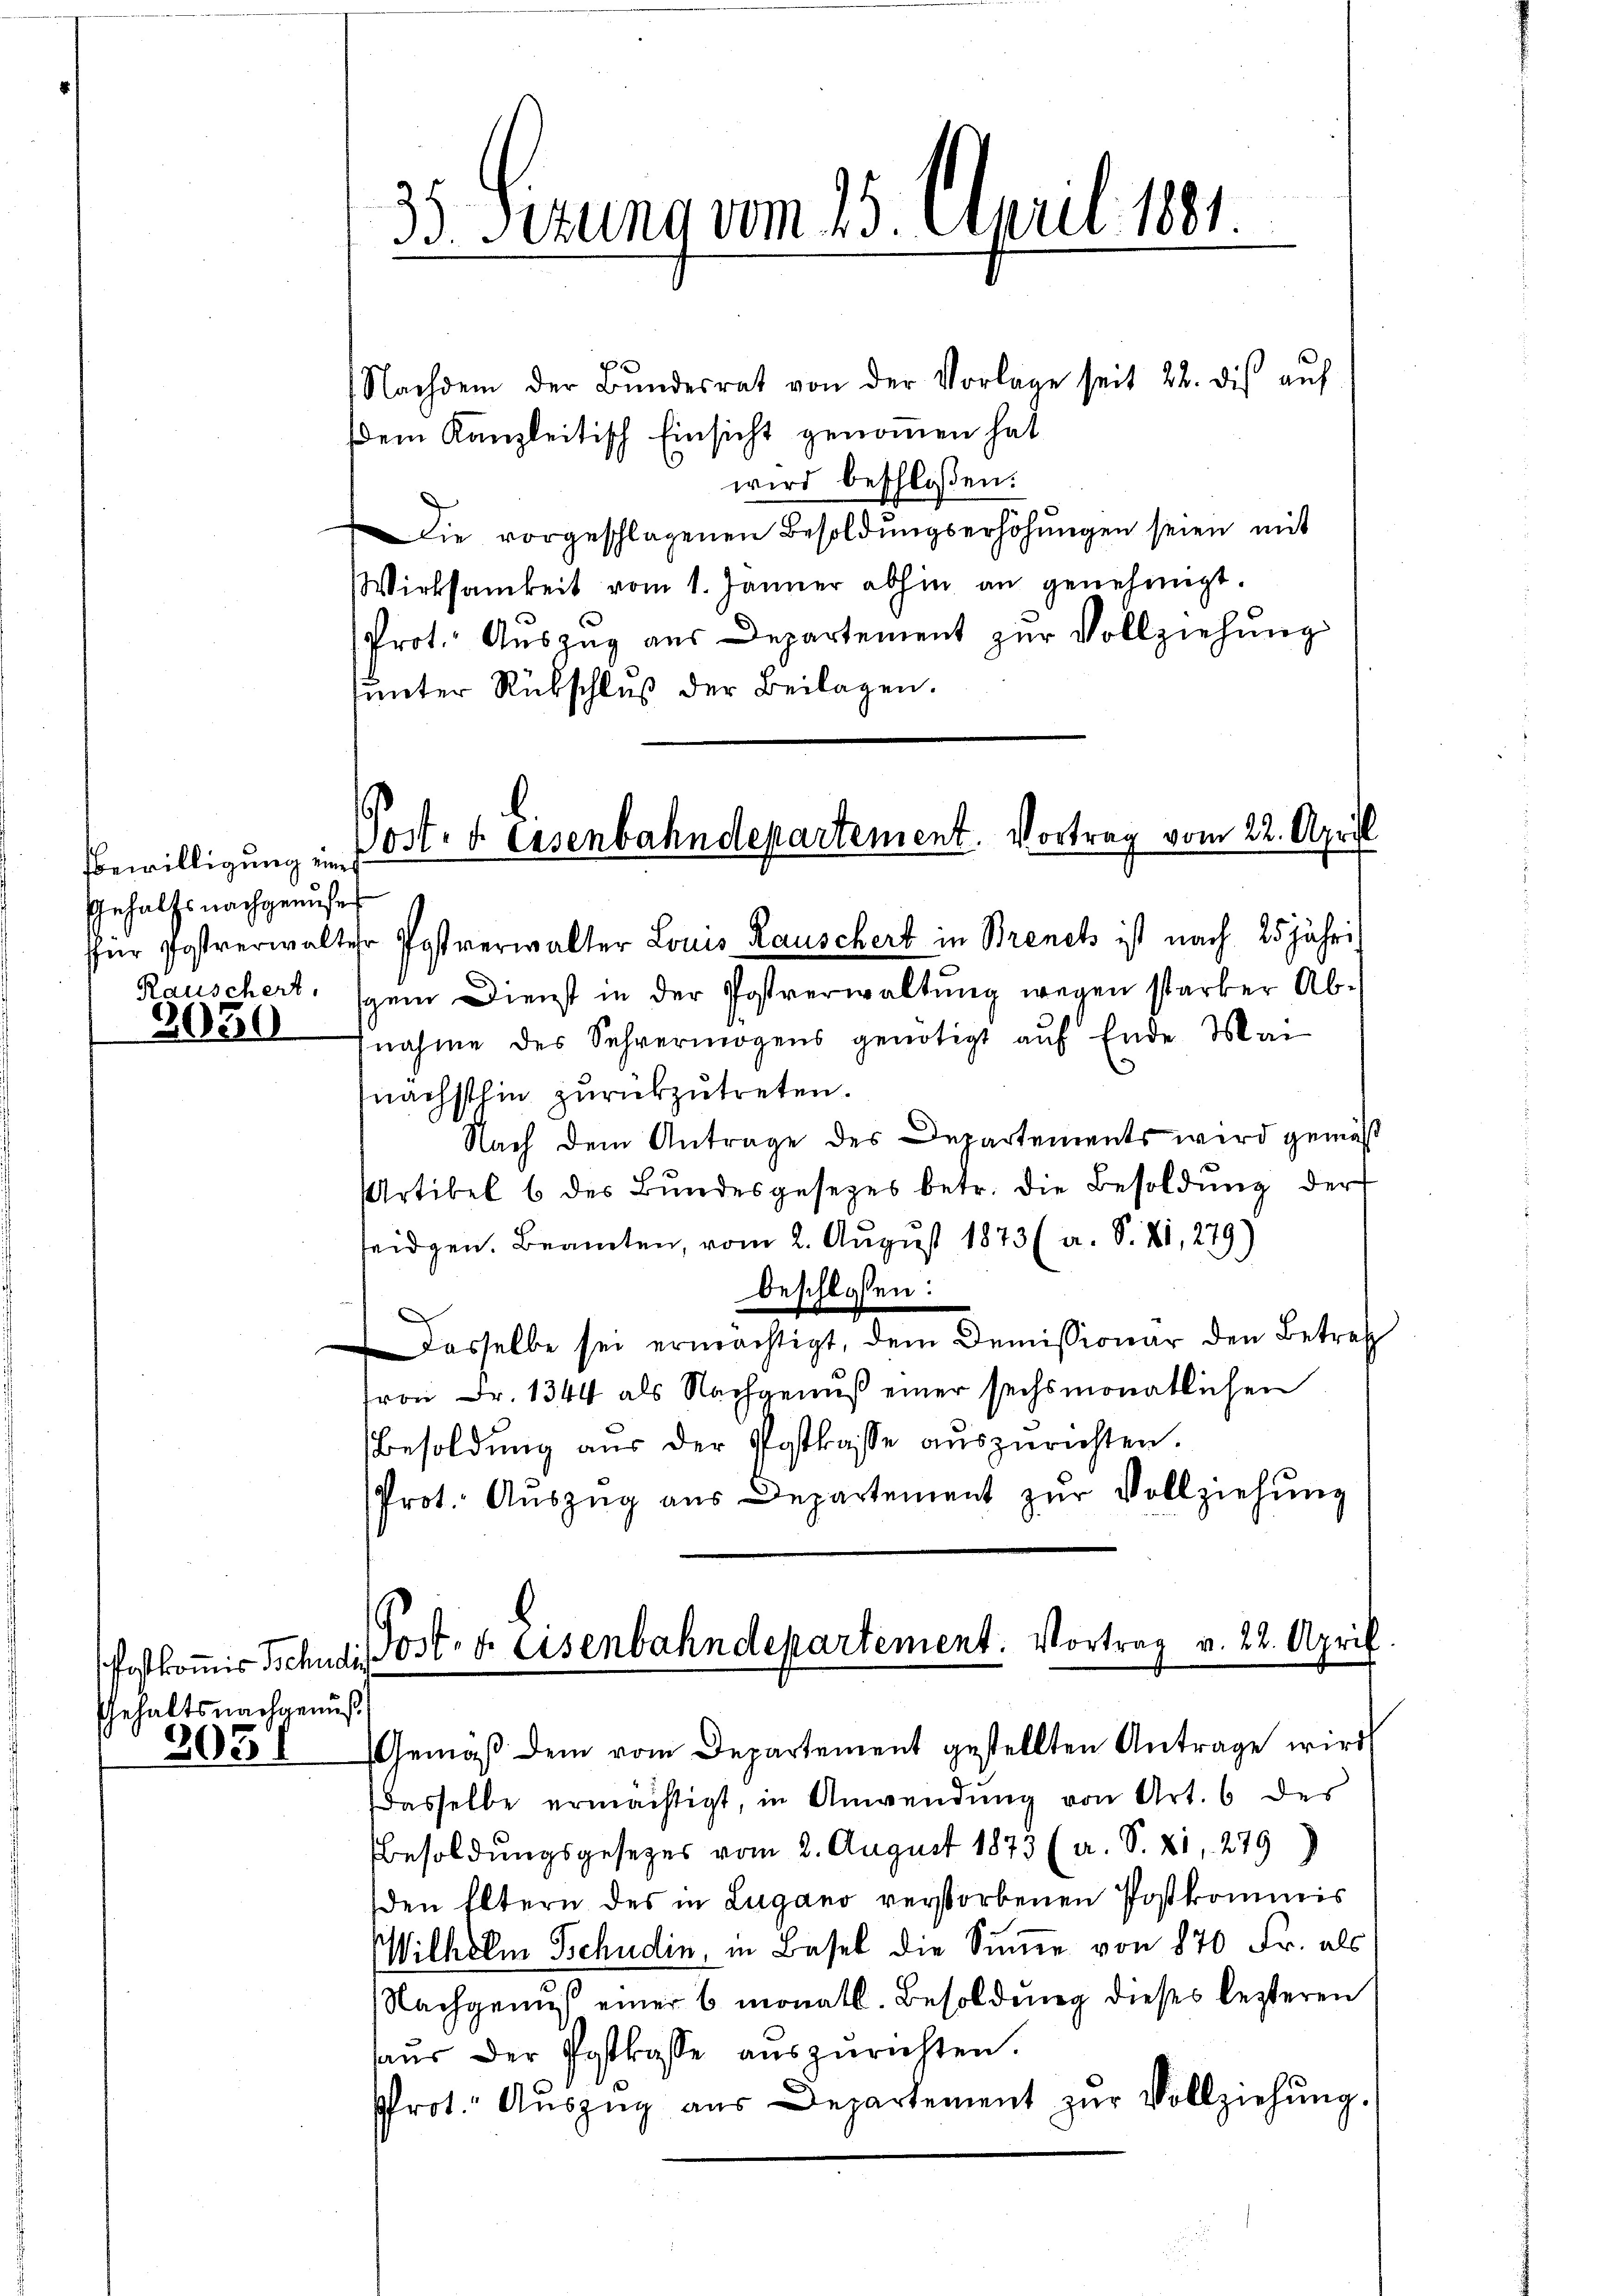
Bewilligung und
Inhalts nachgenusser
Rauschert.

2050

Gehaltsnachgenuß

2031

35. Seruno vom 15. April 1891.

Post- u. Eisenbahndepartement. Vortrag vom 22. April

Nachdem der Bŭndesrat von der Vorlage seit 22. dis aŭf
dem Kanzleitisch Einsicht genommen hat
wird beschlossen:
Die vorgeschlagenen Besoldungserhöhungen seien mit
Wirksamkeit vom 1. Jänner abhin an genehmigt.
Prot. Auszug aus Departement zur Vollziehung
unter Rückschluß der Beilagen.
für Postverwalter Postverwalter Louis Rauschert in Brenck ist nach 25 jährig
gem Dienst in der Postverwaltung wegen starker Abnahme des Sehvermögens genötigt aŭf Ende Mai
nächsthin zurükzutreten.
Nach dem Antrage des Departements wird gemäß
Artikel 6 des Bŭndesgesetzes betr. die Besoldŭng der
seidgen. Beamten, vom 2. August 1873 (a. S. 81, 279)
beschlossen:
dasselbe sei ermächtigt, dem Demissionar den Betref
tron Fr. 1344 als Nachgenuß einer sechsmonatlichen
Besoldung aus der Postkasse auszurichten.
Prot. Aŭszŭg aŭs Departement zŭr Vollziehŭng

Postkomit Schudi Post er Eisenbahndepartement. Vortrag v. 22. April

Gemäβ dem vom Departement gestellten Antrage wird
Dasselbe ermächtigt, in Anwendung von Art. 6 des
Besoldungsgesezes vom 2. August 1873 (a. S. 81. 279)
den Eltern des in Lugano verstorbenen Postkommis
Wilhelm Schudin, in Basel die Summe von 870 Fr. als
Nachgenuß einer 6 monatl. Besoldung dieses lezteren
haŭs der Postkasse auszurichten.
rot. Aŭszŭg aŭs Departement zŭr Vollziehung.)